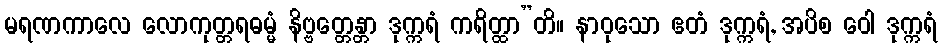
မရဏကာလေ လောကုတ္တရဓမ္မံ နိဗ္ဗတ္တေန္တာ ဒုက္ကရံ ကရိတ္ထာ”တိ။ နာဝုသော ဧတံ ဒုက္ကရံ, အပိစ ဝေါ ဒုက္ကရံ